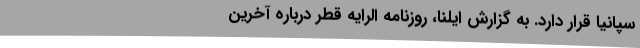
سپانیا قرار دارد. به گزارش ایلنا، روزنامه الرایه قطر درباره آخرین